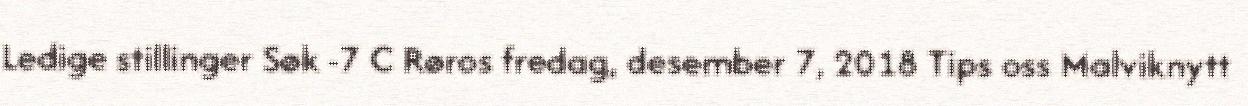
Ledige stillinger Søk -7 C Røros fredag, desember 7, 2018 Tips oss Malviknytt